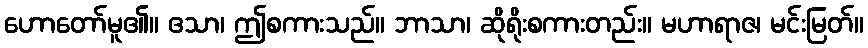
ဟောတော်မူ၏။ ဧသာ၊ ဤစကားသည်။ ဘာသာ၊ ဆိုရိုးစကားတည်း။ မဟာရာဇ၊ မင်းမြတ်။